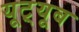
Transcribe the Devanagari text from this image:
यूट़्यूब